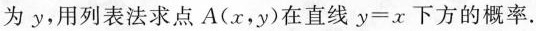
为y，用列表法求点A(x，y)在直线$$y=x$$下方的概率.